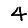
Digit: 4